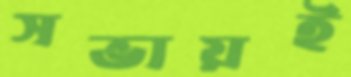
সভায়ই